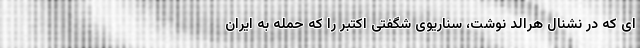
ای که در نشنال هرالد نوشت، سناریوی شگفتی اکتبر را که حمله به ایران